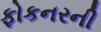
ફોકનરની